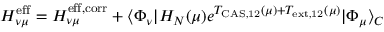
H _ { \nu \mu } ^ { \mathrm { e f f } } = H _ { \nu \mu } ^ { \mathrm { e f f , c o r r } } + \langle \Phi _ { \nu } | H _ { N } ( \mu ) e ^ { T _ { \mathrm { C A S , 1 2 } } ( \mu ) + T _ { \mathrm { e x t , 1 2 } } ( \mu ) } | \Phi _ { \mu } \rangle _ { C }